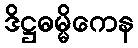
ဒိဋ္ဌဓမ္မိကေန